Loodushoiu_ja_Turismi_Instituut, lk 137
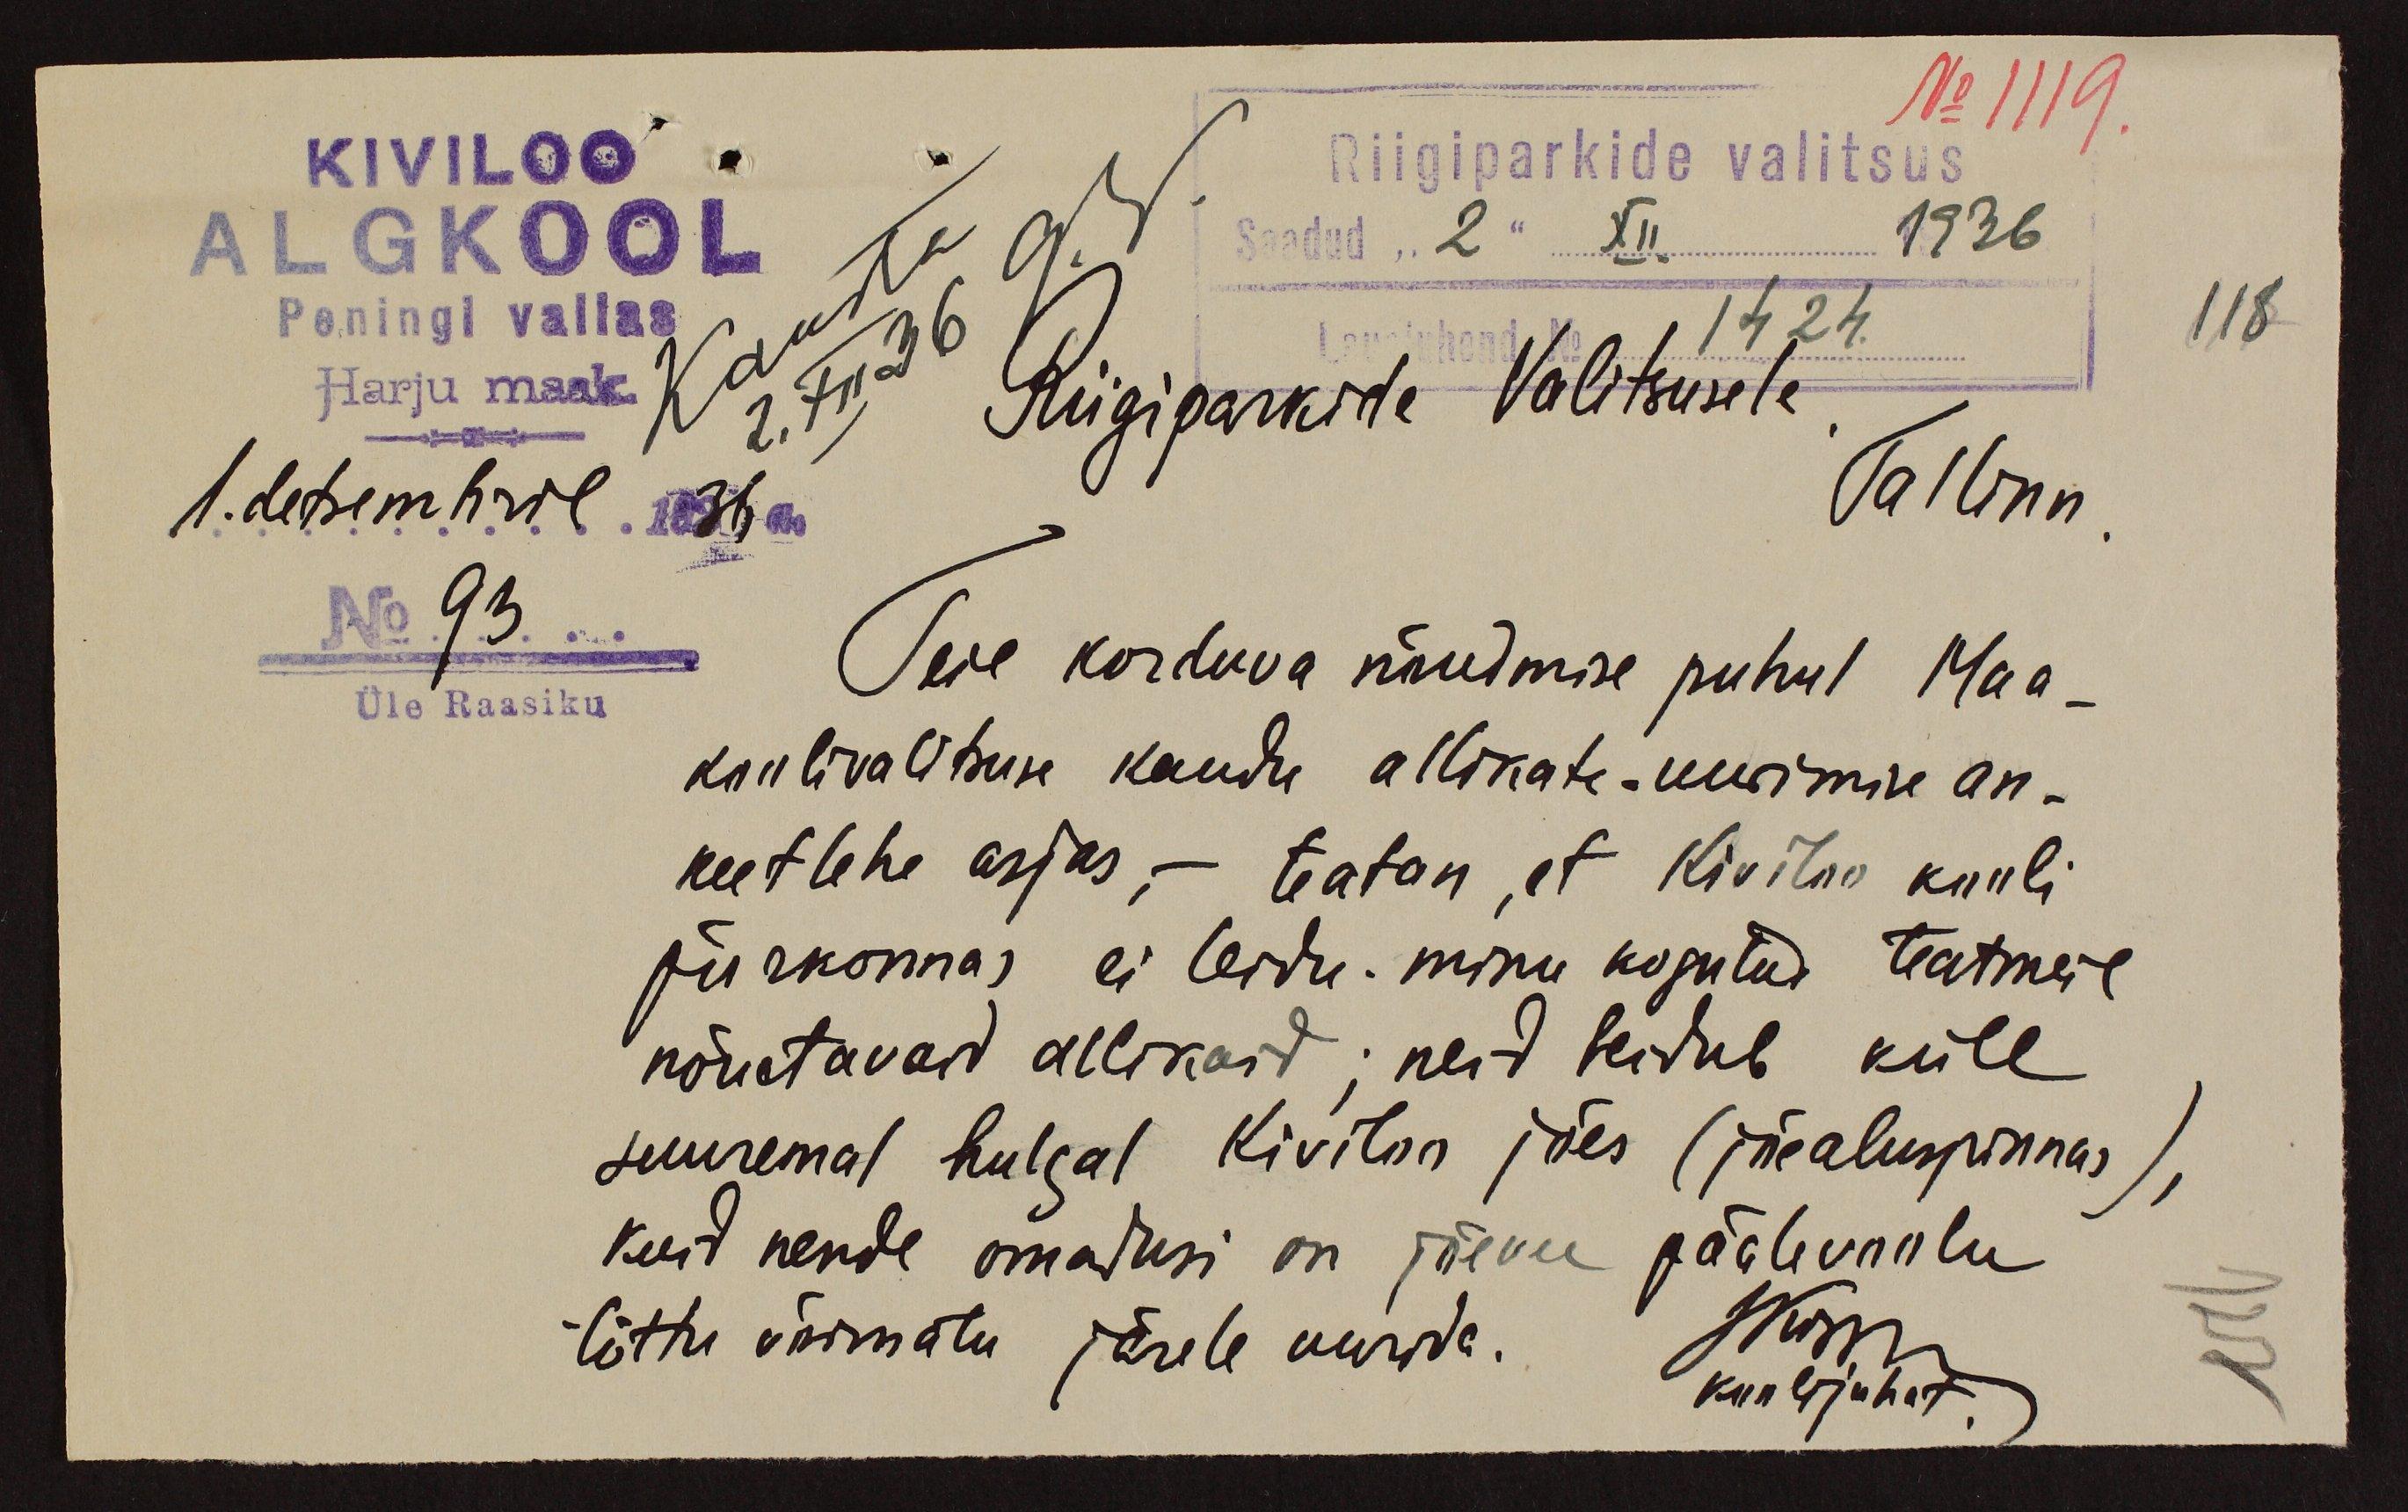
No 1119.
Kiviloo
Riigiparkide valitsus
ALGKOOL
Saadud "2" XII 1936
Peningi vallas
Lauajuhend No 1424
118
Harju maak
Riigiparkide Valitsusele
1. detsembril 1936 a.
Tallinn
No. 93.
Teie kordava nõudmise puhul Maa-
Üle Raasiku
koolivalitsuse kaudu allikate-uurimise an-
keetlehe asjas, - teatan, et Kiviloo kooli-
piirkonnas ei leidu minu kogutud teatmeil
nõuetavaid allikaid; neid leidub küll
suuremal hulgal Kiviloo jões (jõe aluspinnas)
kuid nende omatusi on jõevee päälevaalu
tõttu võimatu järele üürida.
Kur lühat.
Koolijuhat.